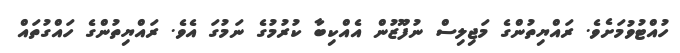
ހުއްޓުވުމަށެވެ. ރައްޔިތުންގެ މަޖިލިސް ނުފޫޒުން އެއްކިބާ ކުރުމުގެ ނަމުގަ އެވެ. ރައްޔިތުންގެ ހައްގުތައް